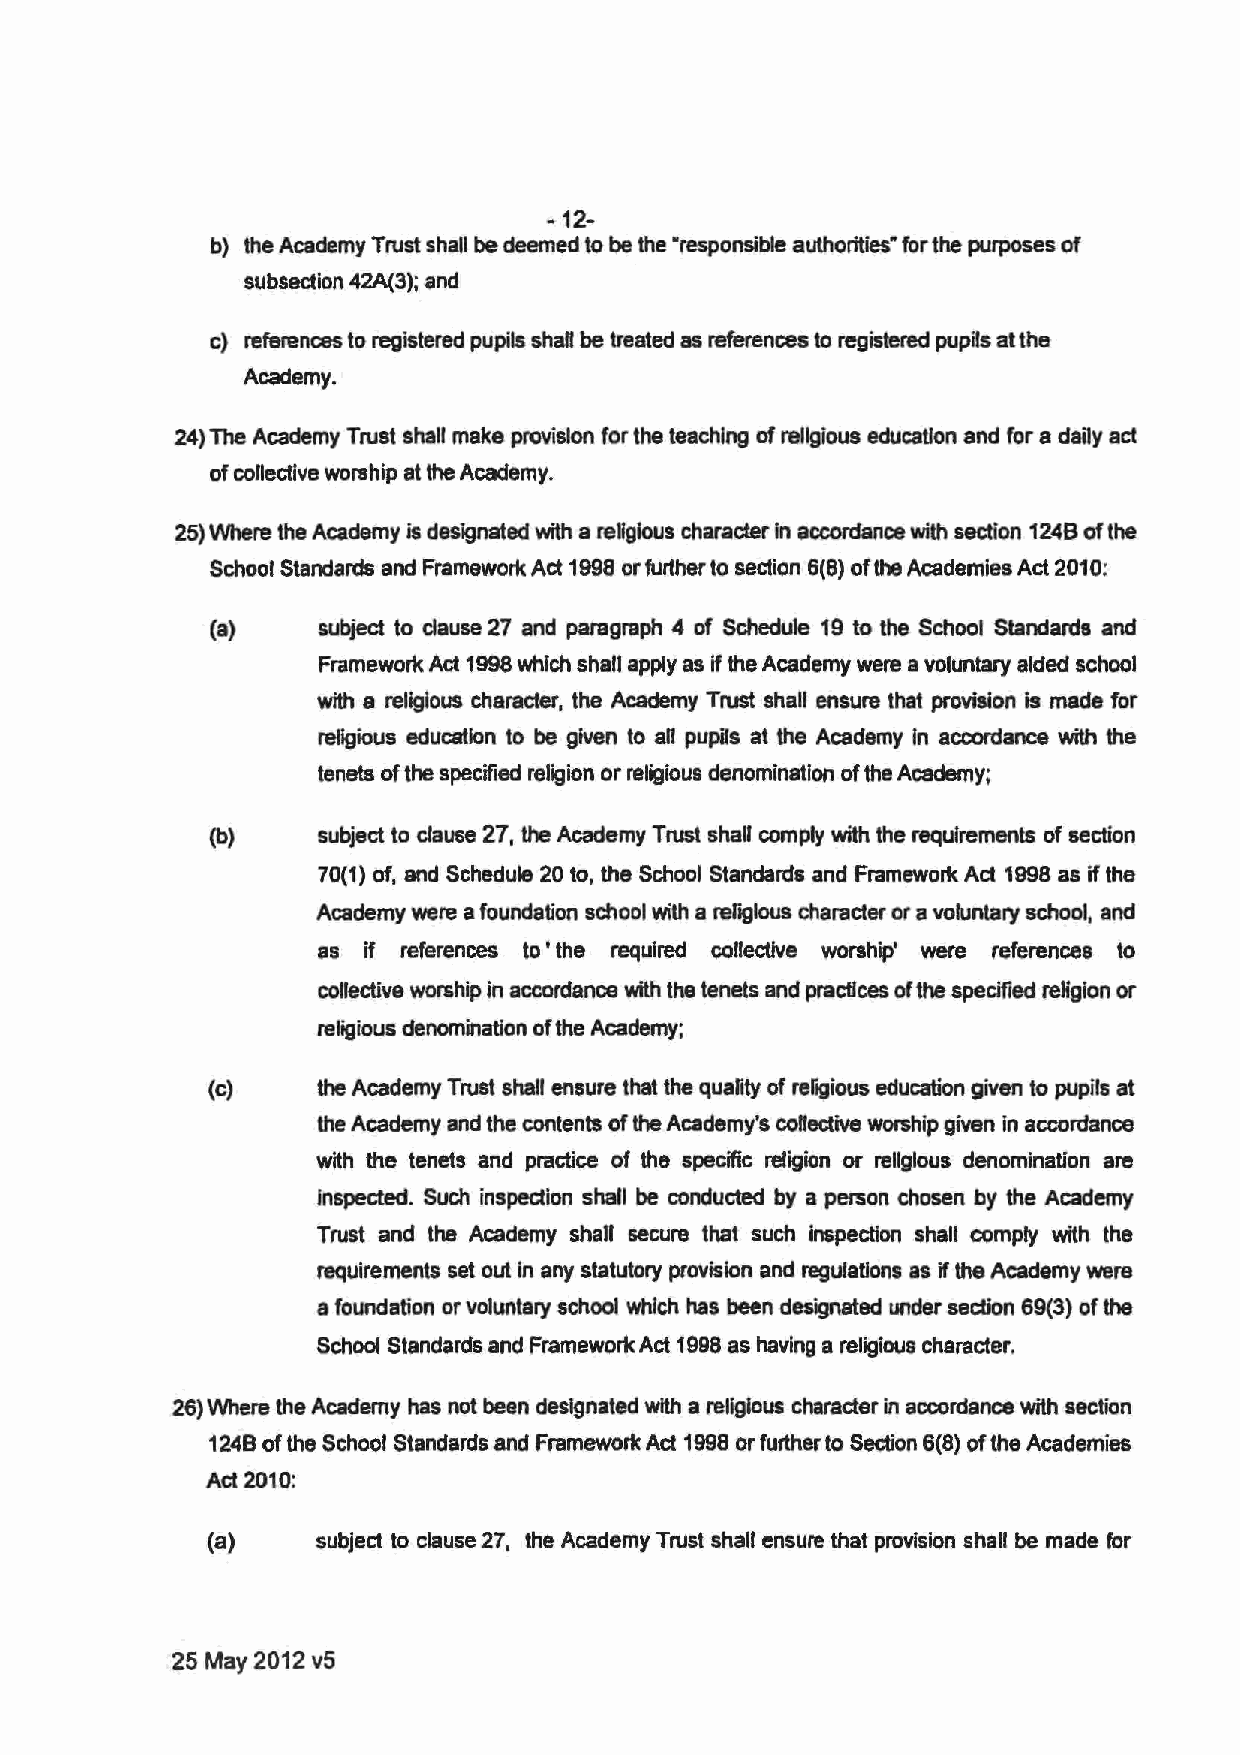
-12-
 b) the Academy Trust shall be deemed to be the ·responsible authorities" for the purposes of
 subsection 42A(3); and
 c) references to registered pupils shalt be treated as references to registered pupils at the
 Academy.
 24) The Academy Trust shall make provision for the teaching of religious education and for a daily act
 of collective worship at the Academy.
 25) Where the Academy is designated with a religious character in accordance with section 1248 of the
 School Standards and Framework Act 1998 or further to section 6(8) of the Academies Act 2010:
 (a)    subject to clause 27 and paragraph 4 of Schedule 19 to the School Standards and
 Framework Act 1998 which shall apply as if the Academy were a voluntary aided school
 with a religious character, the Academy Trust shall ensure that provision is made for
 religious education to be given to an pupils at the Academy In accordance with the
 tenets of the specified religion or religious denomination of the Academy;
 (b)    subject to clause 27, the Academy Trust shaD comply with the requirements of section
 70(1) of, and Schedule 20 to, the School Standards and Framewortc Act 1998 as if the
 Academy were a foundation school with a ref'aglous character or a voluntary school, and
 as if references to • the required collective worship• were references to
 collective worship in accordance with the tenets and practices of the specified religion or
 religious denomination of the Academy;
 (c)    the Academy Trust shall ensure that the quality of reftgious education given to pupils at
 the Academy and the contents of the Academy's collective worship given in accordance
 with the tenets and practice of the specific religion or religious denomination are
 inspected. Such inspection shall be conducted by a person chosen by the Academy
 Trust and the Academy shall secure that such inspection shall comply with the
 requirements set out in any statutory provision and regulations as if the Academy were
 a foundation or voluntary school which has been designated under section 69(3) of the
 School Standards and Framewolk Act 1998 as having a religious character.
 26) Where the Academy has not been designated with a religious character in accordance with section
 1248 of the School Standards and Framework Act 1998 or further to Section 6(8) of the Academies
 Act 2010:
 (a)    subject to clause 27, the Academy Trust shall ensure that provision shall be made fer
 25 May 2012 v5